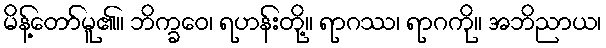
မိန့်တော်မူ၏။ ဘိက္ခဝေ၊ ရဟန်းတို့။ ရာဂဿ၊ ရာဂကို။ အဘိညာယ၊